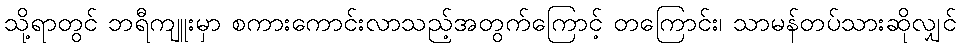
သို့ရာတွင် ဘရီကျူးမှာ စကားကောင်းလာသည့်အတွက်ကြောင့် တကြောင်း၊ သာမန်တပ်သားဆိုလျှင်